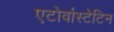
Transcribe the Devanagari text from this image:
एटोर्वास्टेटिन